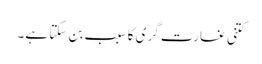
کتنی غارت گری کا سبب بن سکتا ہے۔